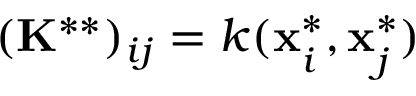
( \mathbf { K } ^ { * * } ) _ { i j } = k ( \mathbf { x } _ { i } ^ { * } , \mathbf { x } _ { j } ^ { * } )